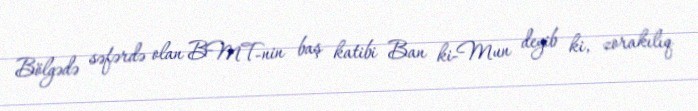
Bölgədə səfərdə olan BMT-nin baş katibi Ban ki-Mun deyib ki, zorakılıq